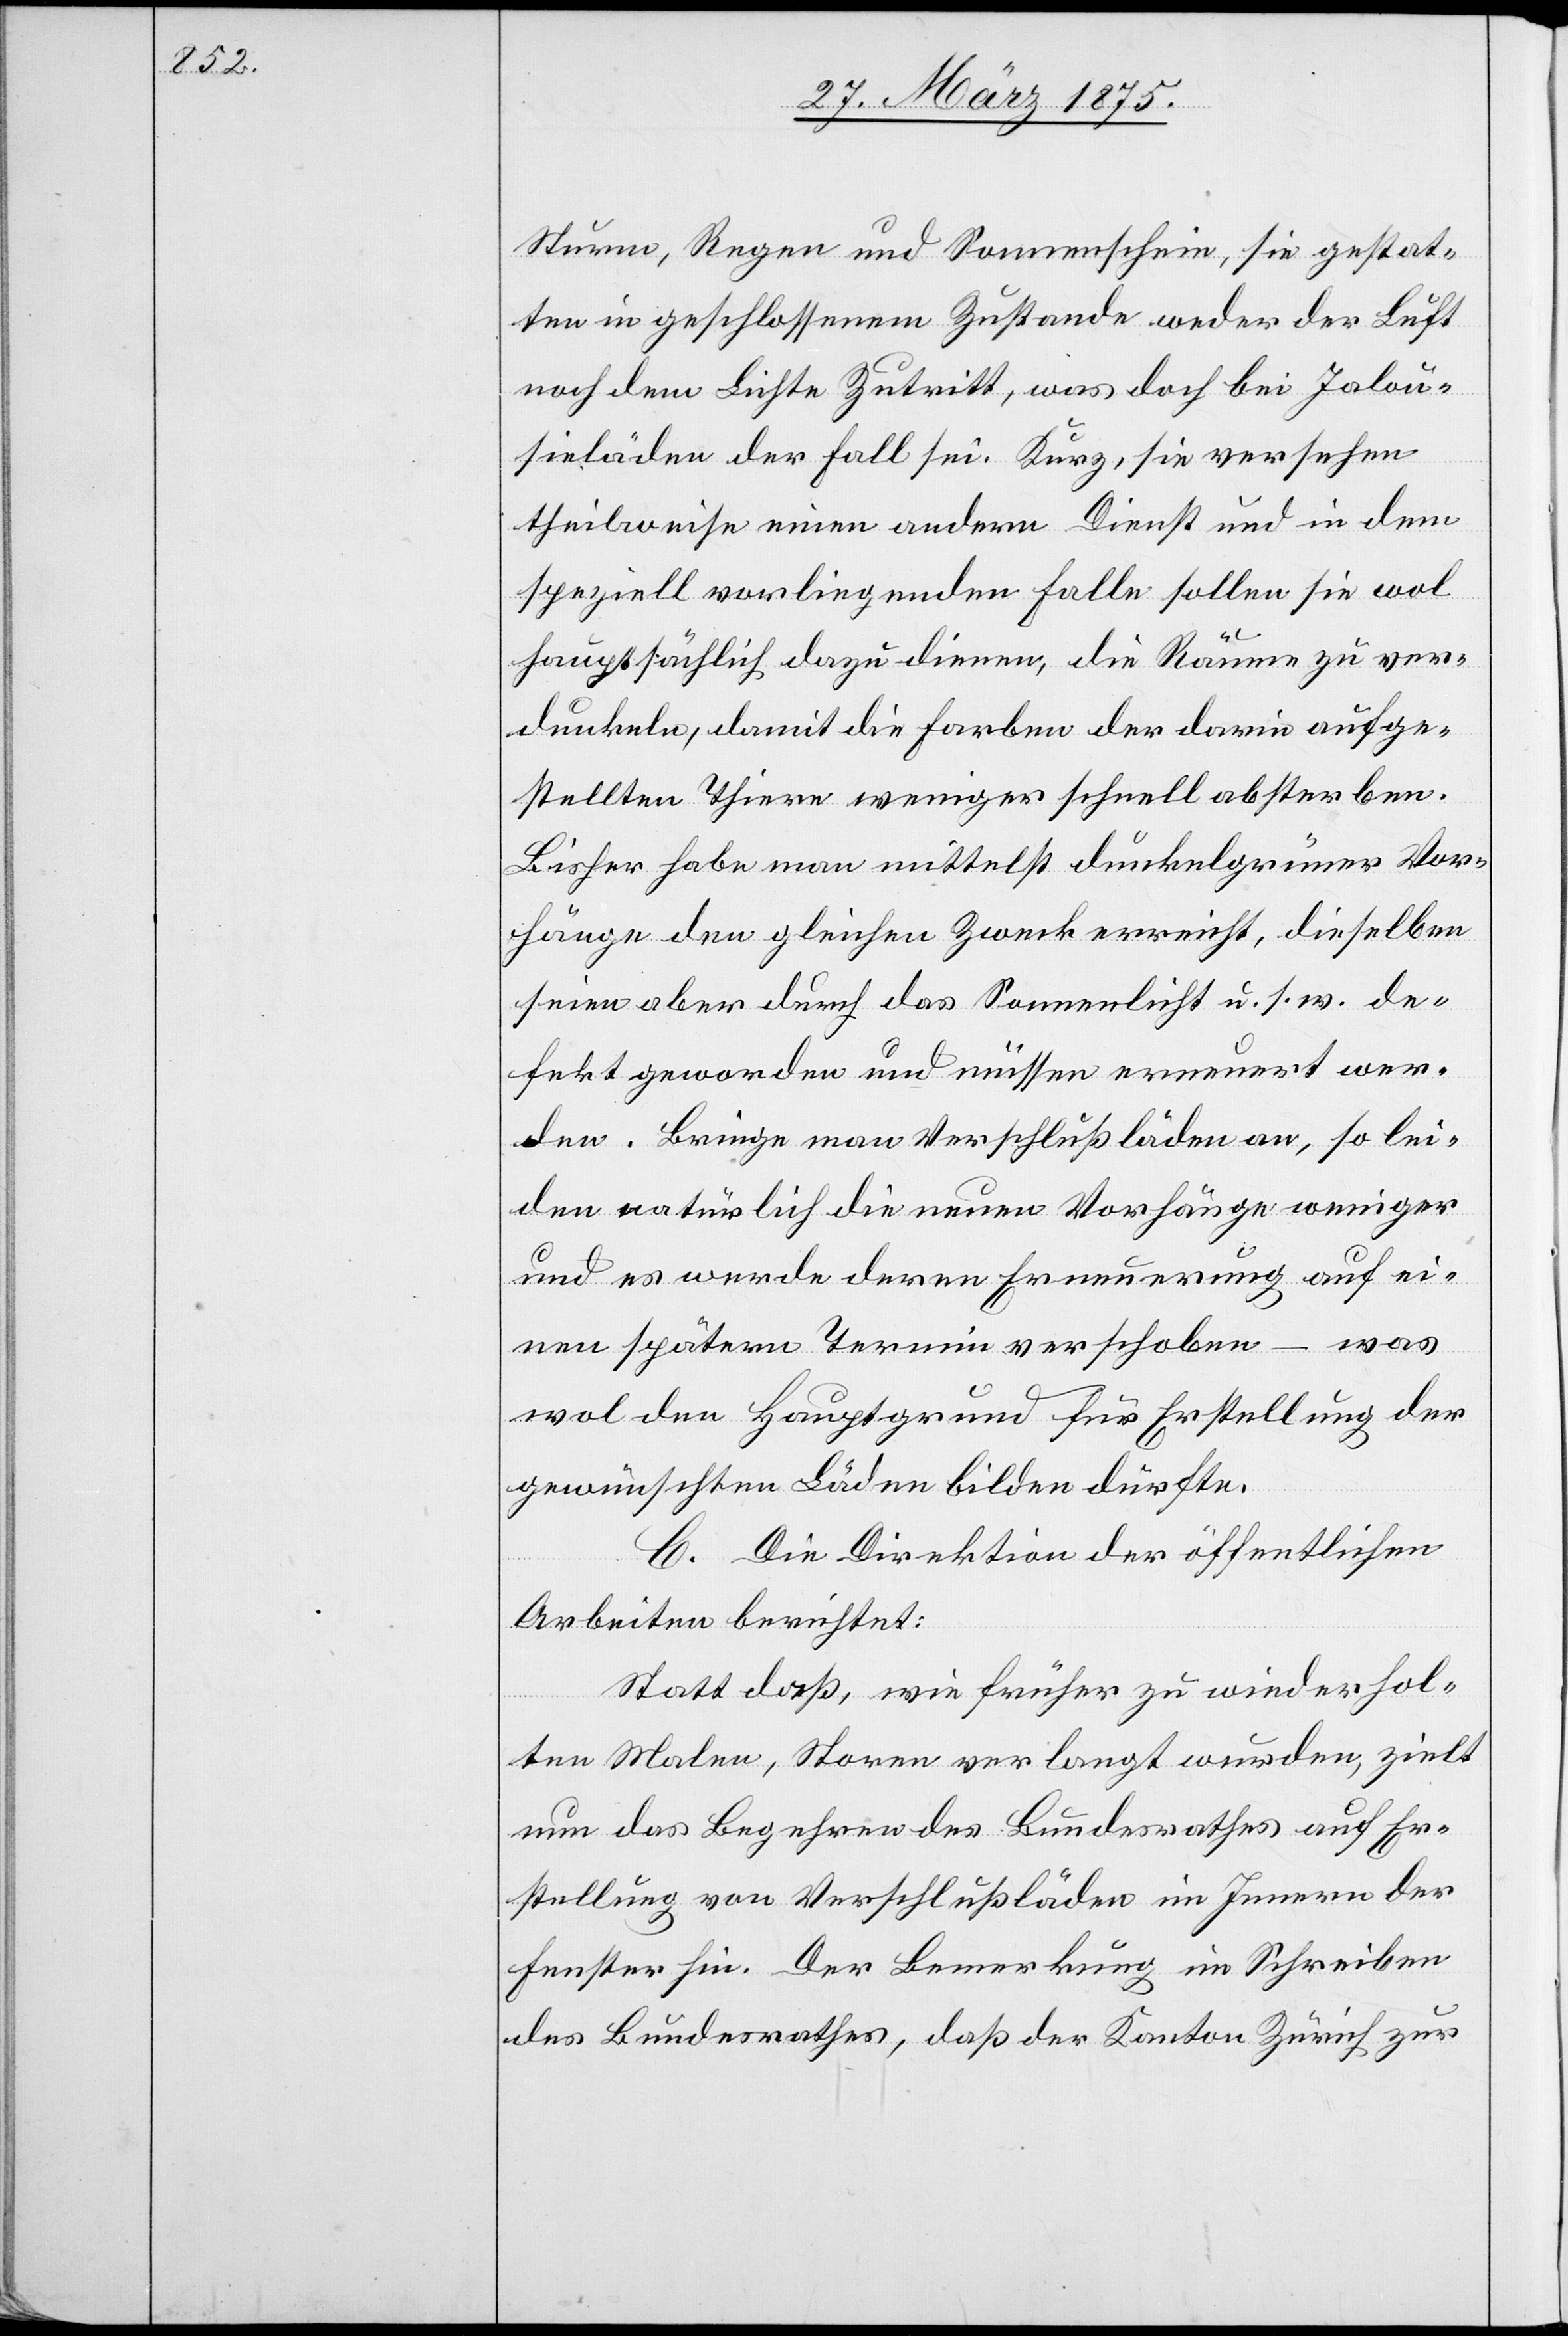
Sturm, Regen und Sonnenschein, sie gestat¬
ten in geschlossenem Zustande weder der Luft
noch dem Lichte Zutritt, was doch bei Jalou¬
sieläden der Fall sei. Kurz, sie versehen
theilweise einen andern Dienst und in dem
speziell vorliegenden Falle sollen sie wol
hauptsächlich dazu dienen, die Räume zu ver¬
dunkeln, damit die Farben der darin aufge¬
stellten Thiere weniger schnell absterben.
Bisher habe man mittelst dunkelgrüner Vor¬
hänge den gleichen Zweck erreicht, dieselben
seien aber durch das Sonnenlicht u. s. w. de¬
fekt geworden und müssen erneuert wer¬
den. Bringe man Verschlußläden an, so lei¬
den natürlich die neuen Vorhänge weniger
und es werde deren Erneuerung auf ei¬
nen spätern Termin verschoben
– was
wol den Hauptgrund für Erstellung der
gewünschten Läden bilden dürfte.
C. Die Direktion der öffentlichen
Arbeiten berichtet:
Statt daß, wie früher zu wiederhol¬
ten Malen, Storen verlangt wurden, zielt
nun das Begehren des Bundesrathes auf Er¬
stellung von Verschlußläden im Innern der
Fenster hin. Der Bemerkung im Schreiben
des Bundesrathes, daß der Kanton Zürich zur